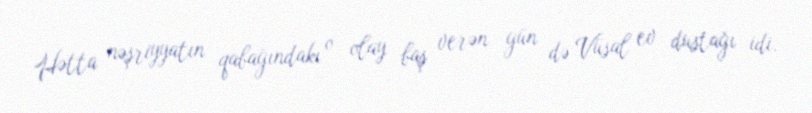
Hətta nəşriyyatın qabağındakı o olay baş verən gün də Vüsal ev dustağı idi.